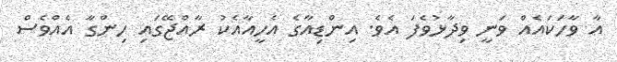
އާ ވާހަކައެއް ވަނީ ވިދާޅުވެފަ އެވެ. އިންޑިއާގެ އެހީއާއެކު ރާއްޖޭގައި ހިންގާ އެއްވެސް